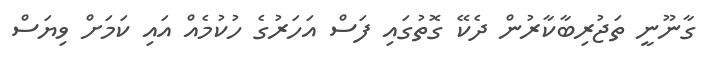
ގާނޫނީ ތަޖުރިބާކާާރުން ދެކޭ ގޮތުގައި ފަސް އަހަރުގެ ހުކުމެއް އައި ކަމަށް ވިޔަސް